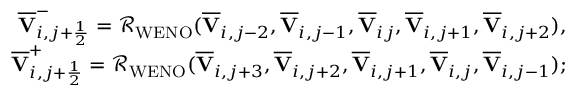
\begin{array} { r } { \overline { { \mathbf { V } } } _ { i , j + \frac { 1 } { 2 } } ^ { - } = \mathcal { R } _ { \mathrm { W E N O } } ( \overline { { \mathbf { V } } } _ { i , j - 2 } , \overline { { \mathbf { V } } } _ { i , j - 1 } , \overline { { \mathbf { V } } } _ { i j } , \overline { { \mathbf { V } } } _ { i , j + 1 } , \overline { { \mathbf { V } } } _ { i , j + 2 } ) , } \\ { \overline { { \mathbf { V } } } _ { i , j + \frac { 1 } { 2 } } ^ { + } = \mathcal { R } _ { \mathrm { W E N O } } ( \overline { { \mathbf { V } } } _ { i , j + 3 } , \overline { { \mathbf { V } } } _ { i , j + 2 } , \overline { { \mathbf { V } } } _ { i , j + 1 } , \overline { { \mathbf { V } } } _ { i , j } , \overline { { \mathbf { V } } } _ { i , j - 1 } ) ; } \end{array}